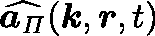
\widehat { \boldsymbol { a } _ { \mathit { \Pi } } } ( \boldsymbol { k } , \boldsymbol { r } , t )